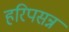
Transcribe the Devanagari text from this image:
हरिपसन्न